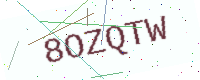
Text: 8OZQTW